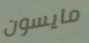
مايسون